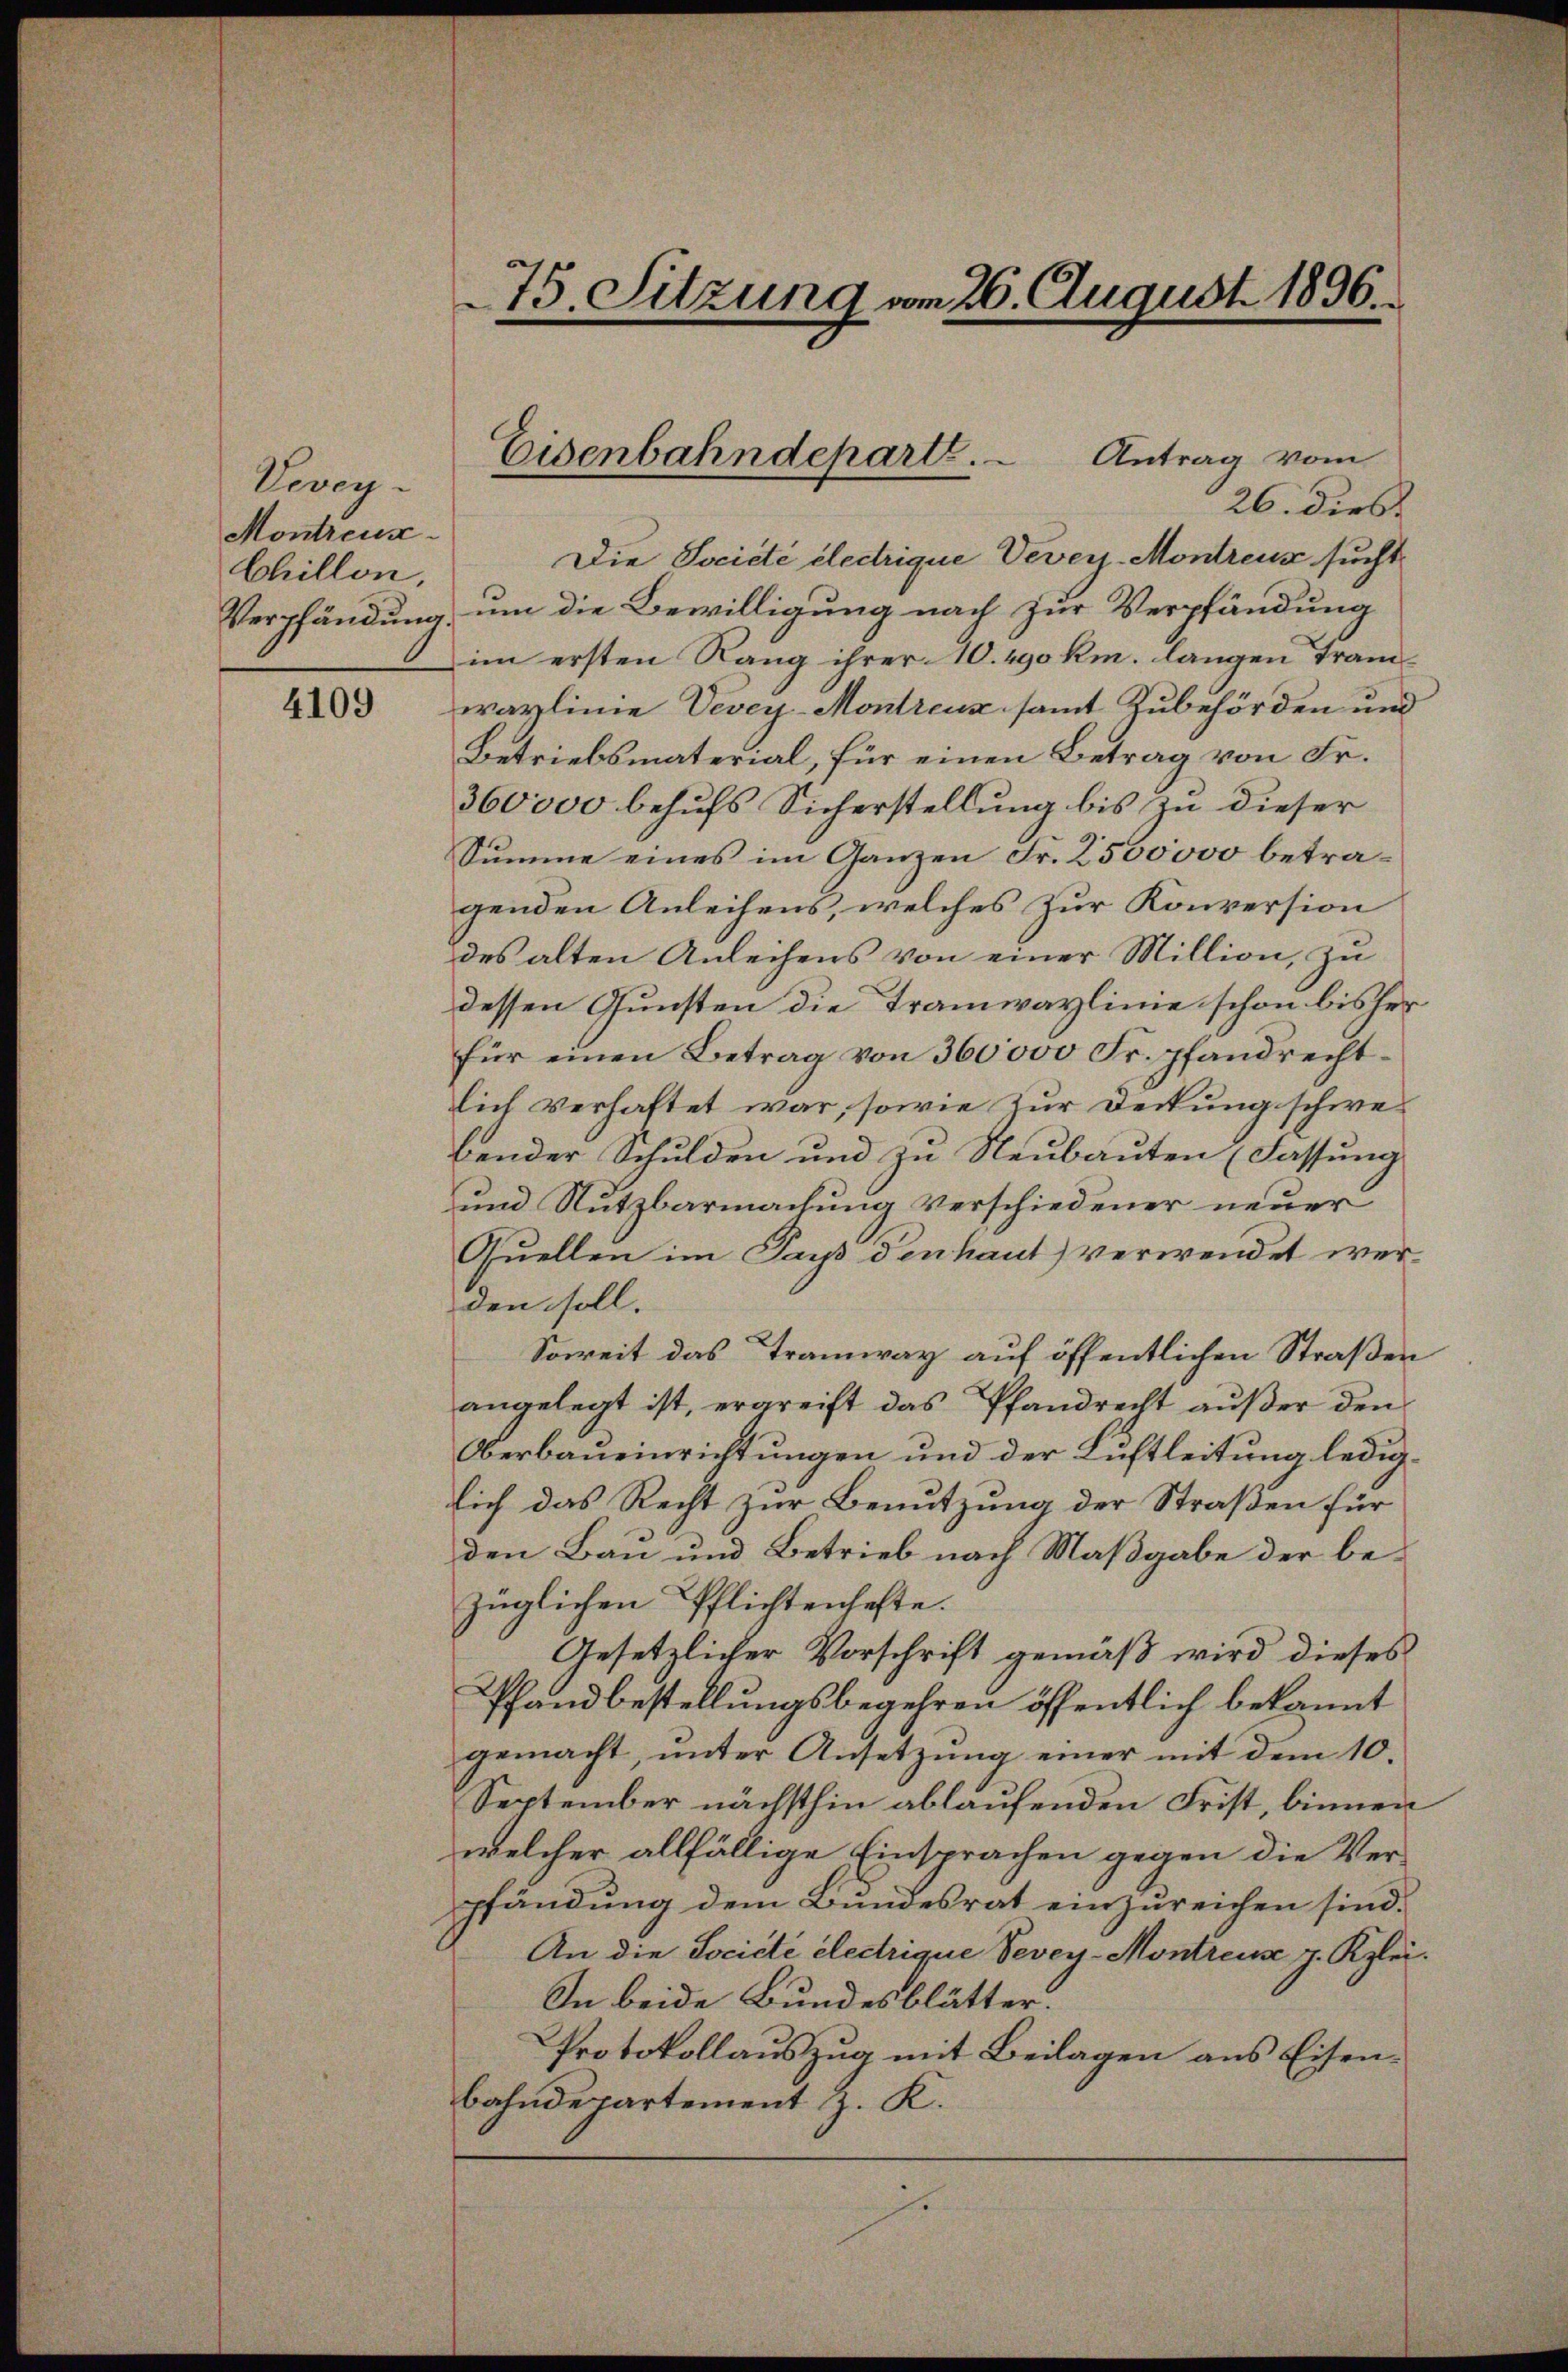
Vevey¬
Montreus
Chillon,

4109

75. Sitzung vom 26. August 1896.

26. dies
Die Société électrique Vevey-Montreux sucht
Verpfändung, um die Bewilligung nach zur Verpfändung
im ersten Rang ihrer 10. 490 km. langen Tramwaylinie Vevey-Montreuz samt Zubehörden und
Betriebsmaterial, für einen Betrag von Fr.
360000 behufs Sicherstellung bis zu dieser
Summe eines im Ganzen Fr. 2500000 betragenden Anleihens, welches zur Konversion
des alten Anleihens von einer Million, zu
dessen Gunsten die Tramwaylinie schon bisher
für einen Betrag von 360000 Fr. pfandrechtlich verhaftet war, sowie zur Deckung schwebender Schulden und zu Neubauten (Fassung
und Nutzbarmachung verschiedener neuer
Quellen im Pays Denhaut) verwendet werden soll.
Soweit das Tramway auf öffentlichen Straßen
angelegt ist, ergreift das Pfandrecht außer den
Oberbaueinrichtungen und der Lüftleitung lediglich das Recht zur Benutzung der Straßen für
den Bau und Betrieb nach Maßgabe der bezüglichen Pflichtenhafte.
Gesetzlicher Vorschrift gemäß wird dieses
Pfandbestellungsbegehren öffentlich bekannt
gemacht, ŭnter Ansetzŭng einer mit dem 10.
September nächsthin ablaufenden Frist, binnen
welcher allfällige Einsprachen gegen die Ver-
pfändung dem Bundesrat einzureichen sind.
An die Société électrique Vevey-Montreuse z. Klei¬
In beide Bundesblätter.
Protokollauszug mit Beilagen aus Eisenbahndepartement z. K.
.

Eisenbahndeparte. - Antrag vom